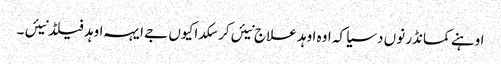
اوہنے کمانڈر نوں دسیا کہ اوہ اوہد علاج نیئں کر سکدا کیوں جے ایہہ اوہد فیلڈ نیئں ۔